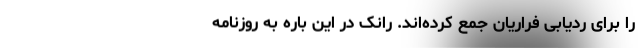
را برای ردیابی فراریان جمع کرده‌اند. رانک در این باره به روزنامه